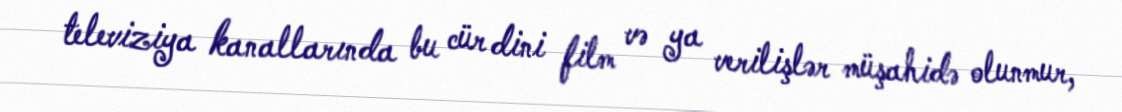
televiziya kanallarında bu cür dini film və ya verilişlər müşahidə olunmur,